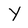
Character: Y